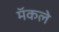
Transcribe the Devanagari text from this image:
मॅकले